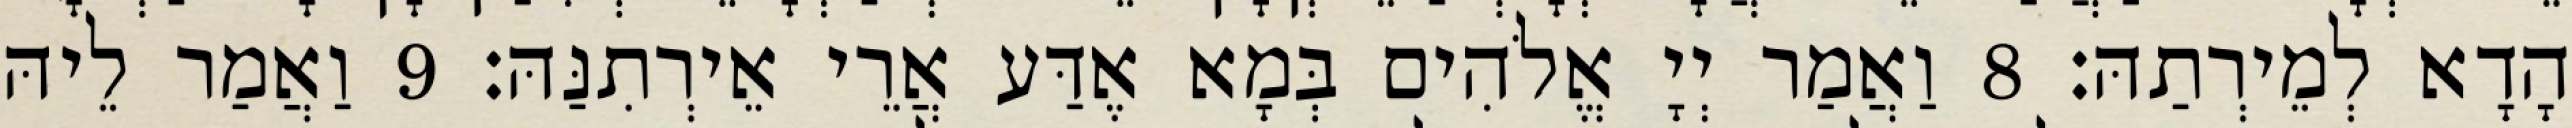
הָדָא לְמֵירְתַהּ׃ 8 וַאֲמַר יְיָ אֱלֹהִים בְּמָא אֶדַּע אֲרֵי אֵירְתִנַּהּ׃ 9 וַאֲמַר לֵיהּ